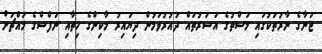
ޖަނާގެ ނާރުތަކުގައި މަސްތުގެ އަސަރުތައް ދައުރުވަމުން ދިޔައިރު މާކިންގެ ހިތާއި ނަފްސްގެ މައްޗަށް